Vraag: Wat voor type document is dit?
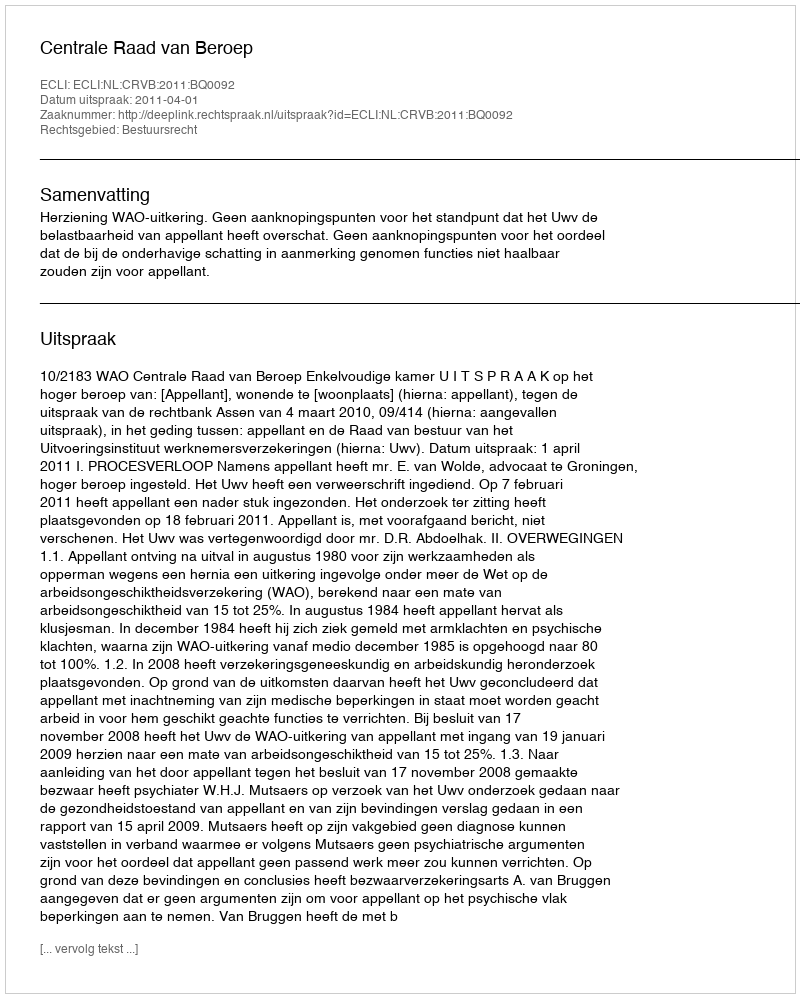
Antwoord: Uitspraak